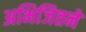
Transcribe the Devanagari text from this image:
अभिजितने